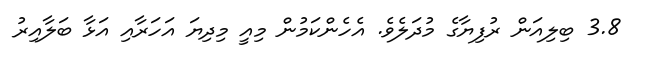
3.8 ބިލިއަން ރުފިޔާގެ މުދަލެވެ. އެހެންކަމުން މިއީ މިދިޔަ އަހަރާއި އަޅާ ބަލާއިރު